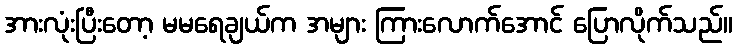
အားလုံးပြီးတော့ မမရေချယ်က အများ ကြားလောက်အောင် ပြောလိုက်သည်။